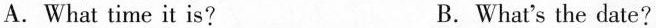
A. What time it is? B.What's the date?